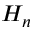
H _ { n }